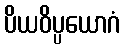
ပိယဝိပ္ပယောဂံ